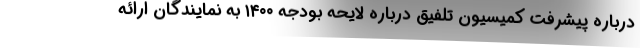
درباره پیشرفت کمیسیون تلفیق درباره لایحه بودجه ۱۴۰۰ به نمایندگان ارائه